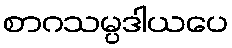
စာဂသမ္ပဒါယပေ